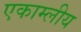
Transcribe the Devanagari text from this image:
एकाम्लीय